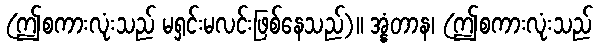
(ဤစကားလုံးသည် မရှင်းမလင်းဖြစ်နေသည်)။ အ္နံတာန၊ (ဤစကားလုံးသည်